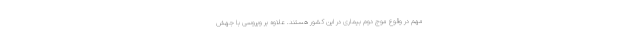
مهم در وقوع موج دوم بیماری در این کشور هستند. علاوه بر ویروسی با جهش